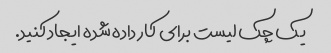
یک چک لیست برای کار داده شده ایجاد کنید.